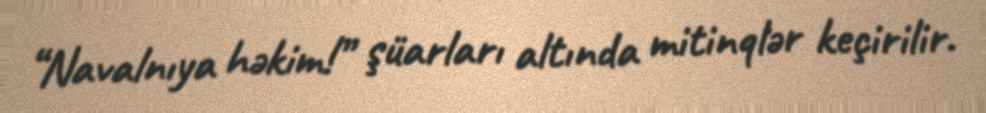
“Navalnıya həkim!” şüarları altında mitinqlər keçirilir.